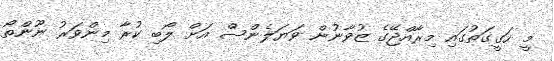
މީ ހަގީގަތުގައި މިރާއްޖޭގެ ޒުވާނުން ވަޔަލެންސް އަށް ލޯބި ކުރާ މިންވަރު ނޫންތޯ